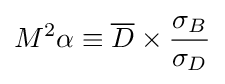
M^{2}\alpha \equiv {\overline {D}}\times {\frac {\sigma _{B}}{\sigma _{D}}}